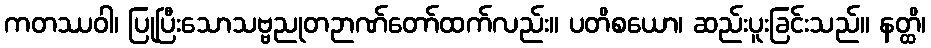
ကတဿဝါ၊ ပြုပြီးသောသဗ္ဗညုတဉာဏ်တော်ထက်လည်း။ ပတိစယော၊ ဆည်းပူးခြင်းသည်။ နတ္ထိ၊